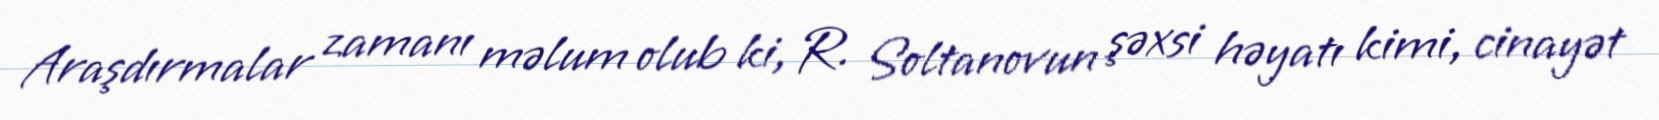
Araşdırmalar zamanı məlum olub ki, R. Soltanovun şəxsi həyatı kimi, cinayət